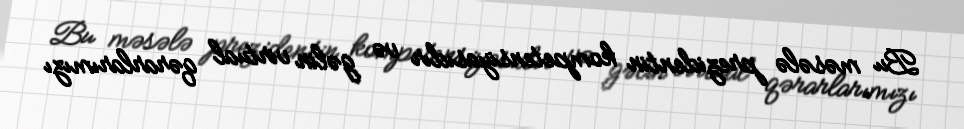
Bu məsələ prezidentin kompetensiyasıdır və gəlin virtual qərarlarımızı